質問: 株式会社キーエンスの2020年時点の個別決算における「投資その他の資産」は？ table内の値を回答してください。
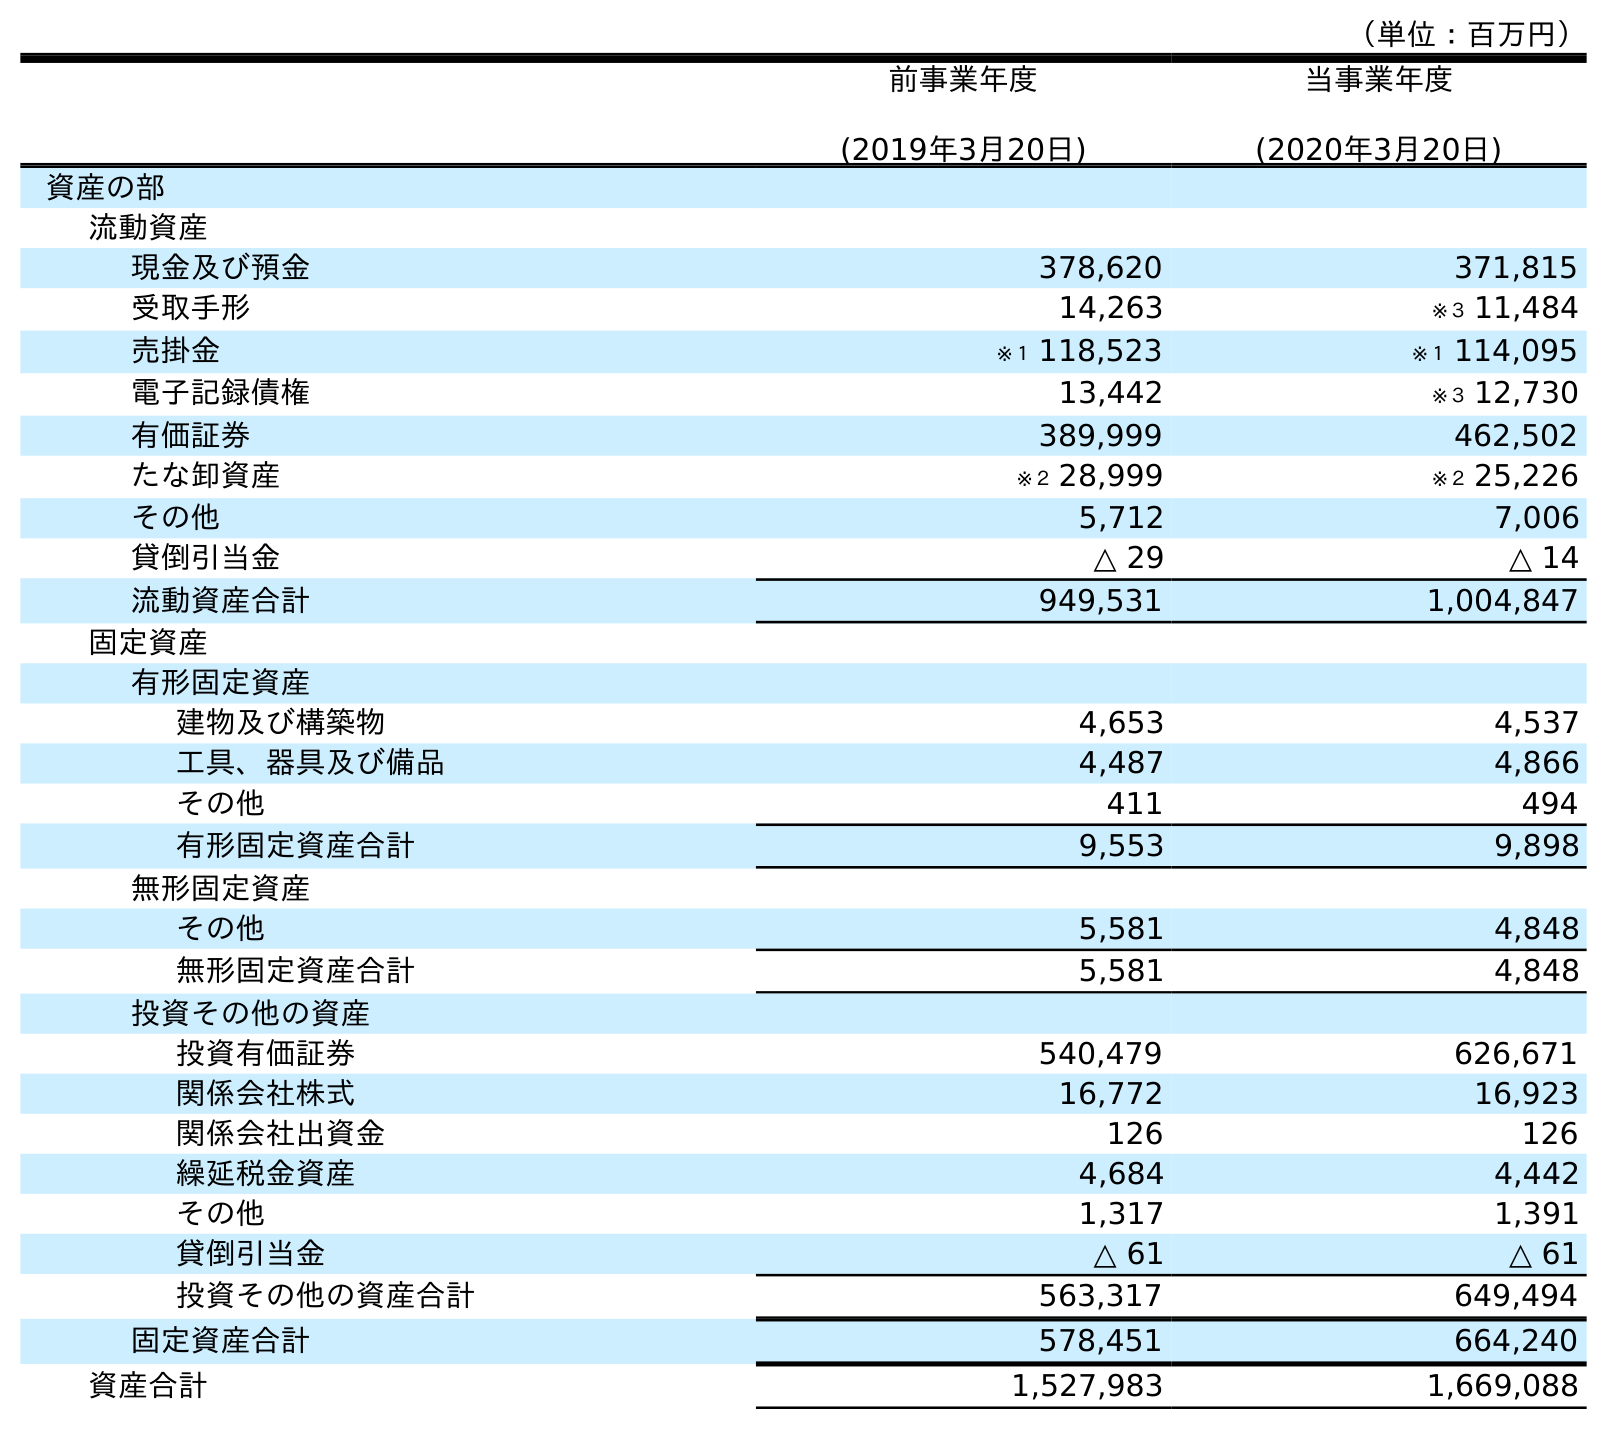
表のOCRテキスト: （単位：百万円） 前事業年度 (2019年3月20日) 当事業年度 (2020年3月20日) 資産の部 流動資産 現金及び預金 378,620 371,815 受取手形 14,263 ※３ 11,484 売掛金 ※１ 118,523 ※１ 114,095 電子記録債権 13,442 ※３ 12,730 有価証券 389,999 462,502 たな卸資産 ※２ 28,999 ※２ 25,226 その他 5,712 7,006 貸倒引当金 △ 29 △ 14 流動資産合計 949,531 1,004,847 固定資産 有形固定資産 建物及び構築物 4,653 4,537 工具、器具及び備品 4,487 4,866 その他 411 494 有形固定資産合計 9,553 9,898 無形固定資産 その他 5,581 4,848 無形固定資産合計 5,581 4,848 投資その他の資産 投資有価証券 540,479 626,671 関係会社株式 16,772 16,923 関係会社出資金 126 126 繰延税金資産 4,684 4,442 その他 1,317 1,391 貸倒引当金 △ 61 △ 61 投資その他の資産合計 563,317 649,494 固定資産合計 578,451 664,240 資産合計 1,527,983 1,669,088
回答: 649,494